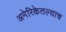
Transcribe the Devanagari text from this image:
अमेरिकेतल्याच